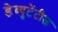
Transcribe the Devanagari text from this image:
डेब्युटेंटीज